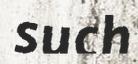
such